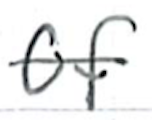
Text: of
Cross-out: mix
Writing tool: ballpoint